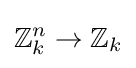
\mathbb {Z} _{k}^{n}\to \mathbb {Z} _{k}